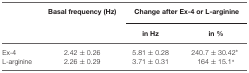
|  | Basal frequency (Hz) | <COLSPAN=2> Change after Ex-4 or L-arginine |
 |  |  | in Hz | in % |
 | --- | --- | --- | --- |
 | Ex-4 | 2.42 ± 0.26 | 5.81 ± 0.28 | 240.7 ± 30.42* |
 | L-arginine | 2.26 ± 0.29 | 3.71 ± 0.31 | 164 ± 15.1* |